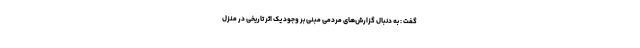
گفت : به دنبال گزارش‌های مردمی مبنی بر وجود یک اثر تاریخی در منزل